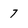
Character: 7